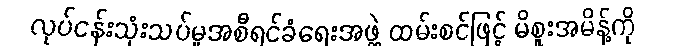
လုပ်ငန်းသုံးသပ်မှုအစီရင်ခံရေးအဖွဲ့ ထမ်းစင်ဖြင့် မိစူးအမိန့်ကို